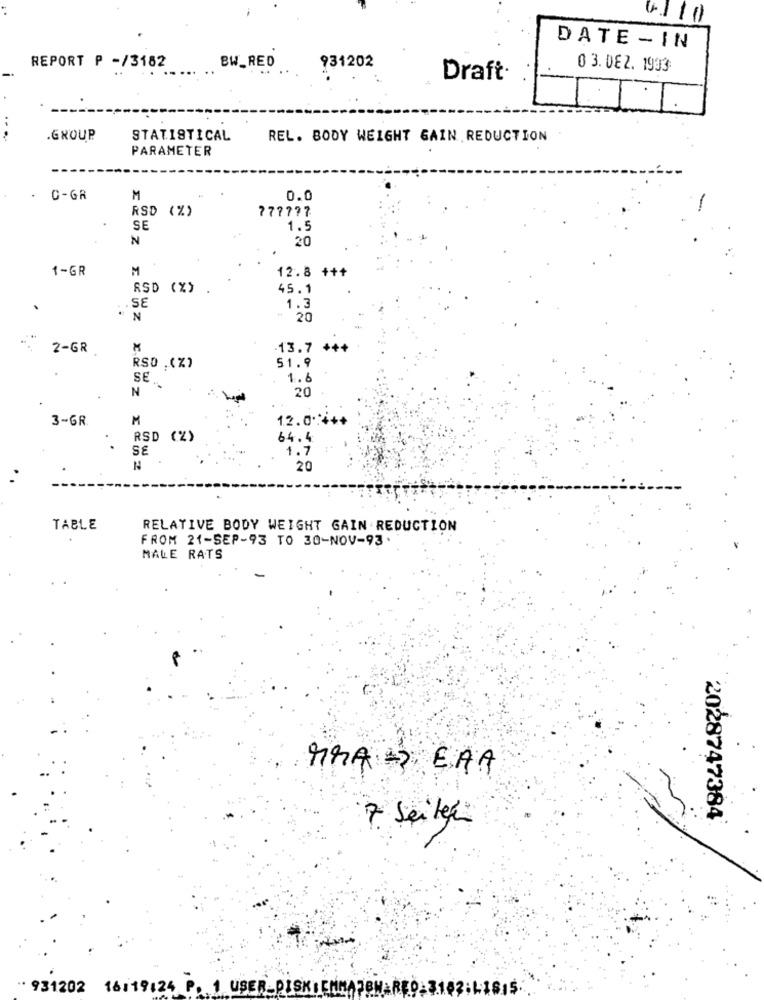
0110
DATE - IN
REPORT P -/3182
BW_ RED
931202
0 3. DE2. 1993:
Draft
.GROUP
STATISTICAL
REL. BODY WEIGHT GAIN REDUCTION
PARAMETER
C-GR
M
0.0
RSD (%)
777777
SE
1.5
N
20
1-GR
M
12.8 +++
ASD (%)
.
45.1
.SE
1.3
" 20
2-GR
13.7 +++
RSD .(%)
51.9
SE
1.6
N
20
3-GR
M
12.0 ·:***
RSD (%)
64.4.
SE
1.7
N
20
TABLE
RELATIVE BODY WEIGHT GAIN REDUCTION
FROM 21-SEP-93 TO 30-NOV-93
MALE RATS
MMA - ERA
7 Seiten
2028747384
. 931202
16:19:24 P. 1 USER-DISK: EMMA78H&RED:3183;41615